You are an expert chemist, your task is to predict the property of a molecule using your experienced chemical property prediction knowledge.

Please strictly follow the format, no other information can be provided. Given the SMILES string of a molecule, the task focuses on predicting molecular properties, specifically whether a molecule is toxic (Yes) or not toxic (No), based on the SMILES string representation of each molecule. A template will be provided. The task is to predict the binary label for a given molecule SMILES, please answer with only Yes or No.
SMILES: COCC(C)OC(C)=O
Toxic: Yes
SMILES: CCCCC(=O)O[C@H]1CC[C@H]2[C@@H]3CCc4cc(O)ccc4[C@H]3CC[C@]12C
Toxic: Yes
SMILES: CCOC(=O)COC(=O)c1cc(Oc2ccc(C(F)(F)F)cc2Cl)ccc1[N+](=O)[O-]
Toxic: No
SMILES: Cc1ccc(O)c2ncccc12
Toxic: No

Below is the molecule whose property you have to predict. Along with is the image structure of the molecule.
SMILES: CN(C)C(=O)Oc1cc(OC(=O)N(C)C)cc(C(O)CNC(C)(C)C)c1
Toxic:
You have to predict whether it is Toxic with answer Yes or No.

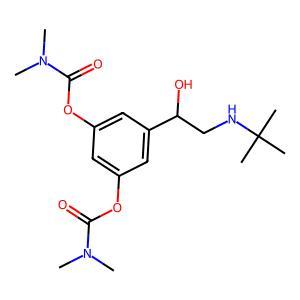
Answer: No